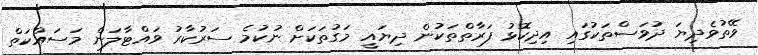
ވޭތުވެދިޔަ ދުވަސްތަކުގައި އިދިކޮޅު ފަރާތްތަކުން ދިޔައީ މަގުތަކަށް ނުކުމެ ސަރުކާރު ވައްޓާލަން މަސައްކަތް